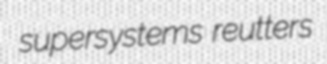
supersystems reutters